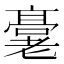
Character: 𬴖